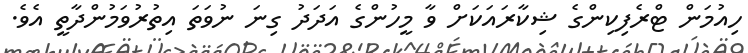
ހިއުމަން ޓްރެފިކިންގެ ޝިކާރައަކަށް ވާ މީހުންގެ އަދަދު ގިނަ ނުވަތަ އިތުރުވަމުންދާތީ އެވެ.